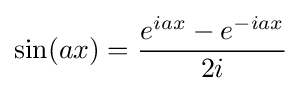
\sin(ax)={\frac {e^{iax}-e^{-iax}}{2i}}